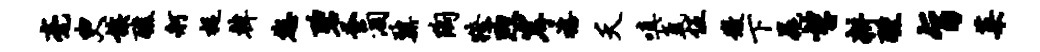
毫臾族醮舸捉韩您碧蚤涸鼐陶獠煦岸禧夭嗔氲伍微下晁望耕醺旨菜